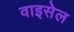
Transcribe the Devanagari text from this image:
वाइसेल